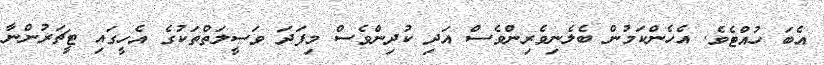
އެބަ ހުއްޓެވެ. އެހެންކަމުން ބެލެނިވެރިންވެސް އަދި ކުދިންވެސް މިފަދަ ވަސީލަތްތަކުގެ އެހީގައި ޓީޗަރުންނާ